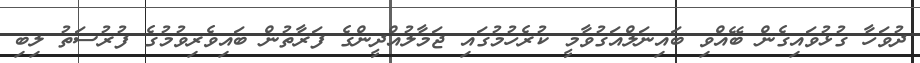
ދުވަހާ ގުޅުވައިގެން ބޭއްވި ބައިނަލްއަގުވާމީ ކުރެހުމުގައި ޖަމާލުއްދީންގެ ފަރާތުން ބައިވެރިވުމުގެ ފުރުސަތު ލިބި